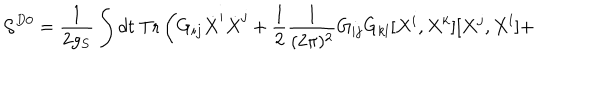
LaTeX: { \cal S } ^ { D 0 } = \frac { 1 } { 2 g _ { S } } \int d t ~ \mathrm { T r } \left( G _ { i j } \dot { X } ^ { i } \dot { X } ^ { j } + \frac { 1 } { 2 } \frac { 1 } { ( 2 \pi ) ^ { 2 } } G _ { i j } G _ { k l } [ X ^ { i } , X ^ { k } ] [ X ^ { j } , X ^ { l } ] + \right.